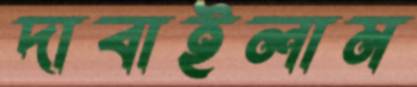
দাবাইলাম